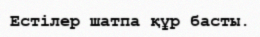
Естілер шатпа құр басты.